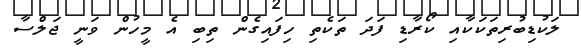
ލަކުޑިބުރިތަކަކާއި ކޯރާޑި ފަދަ ތަކެތި ހިފައިގެން ތިބި އެ މީހުން ވަނީ ޖަލްސާ